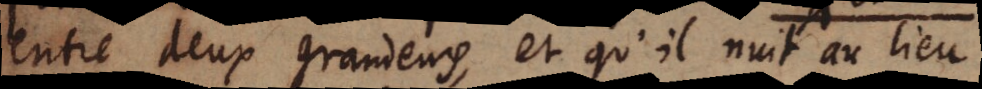
entre deux grandeurs, et qu’il nuit au lieu